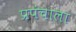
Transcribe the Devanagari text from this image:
प्रपंचाला